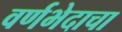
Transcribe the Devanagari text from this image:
वर्णभेदाचा